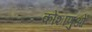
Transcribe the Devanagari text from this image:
कोशाणुओं